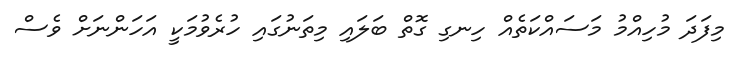
މިފަދަ މުހިއްމު މަސައްކަތެއް ހިނގި ގޮތް ބަލައި މިތަނުގައި ހުރެވުމަކީ އަހަންނަށް ވެސް